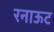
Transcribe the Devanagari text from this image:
रनाऊट